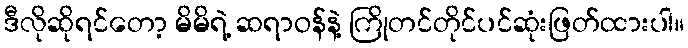
ဒီလိုဆိုရင်တော့ မိမိရဲ့ ဆရာဝန်နဲ့ ကြိုတင်တိုင်ပင်ဆုံးဖြတ်ထားပါ။